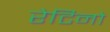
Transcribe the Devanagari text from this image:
रेटिनो